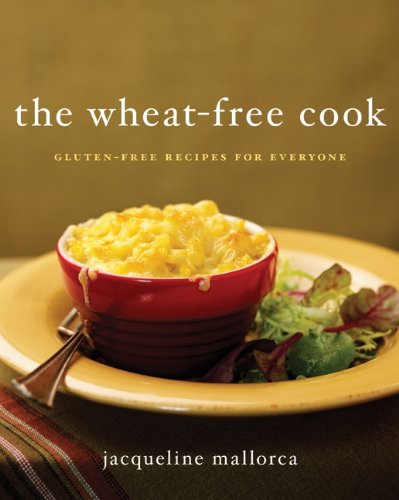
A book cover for The Wheat-Free Cook: Gluten-Free Recipes for Everyone; Jacqueline Mallorca; Cookbooks, Food & Wine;